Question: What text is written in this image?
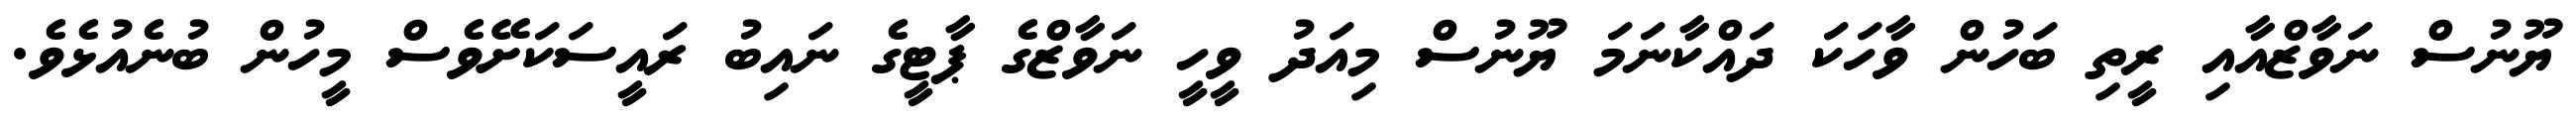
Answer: ޔޫނުސް ނަވާޒްއާއި ރީތި ބަހުން ވާހަކަ ދައްކާނަމަ ޔޫނުސް މިއަދު ވީހީ ނަވާޒްގެ ޕާޓީގެ ނައިބު ރައީސަކަށޭވެސް މީހުން ބުނެއުޅެވެ.